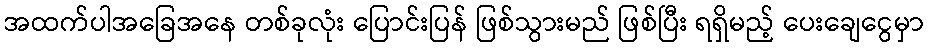
အထက်ပါအခြေအနေ တစ်ခုလုံး ပြောင်းပြန် ဖြစ်သွားမည် ဖြစ်ပြီး ရရှိမည့် ပေးချေငွေမှာ